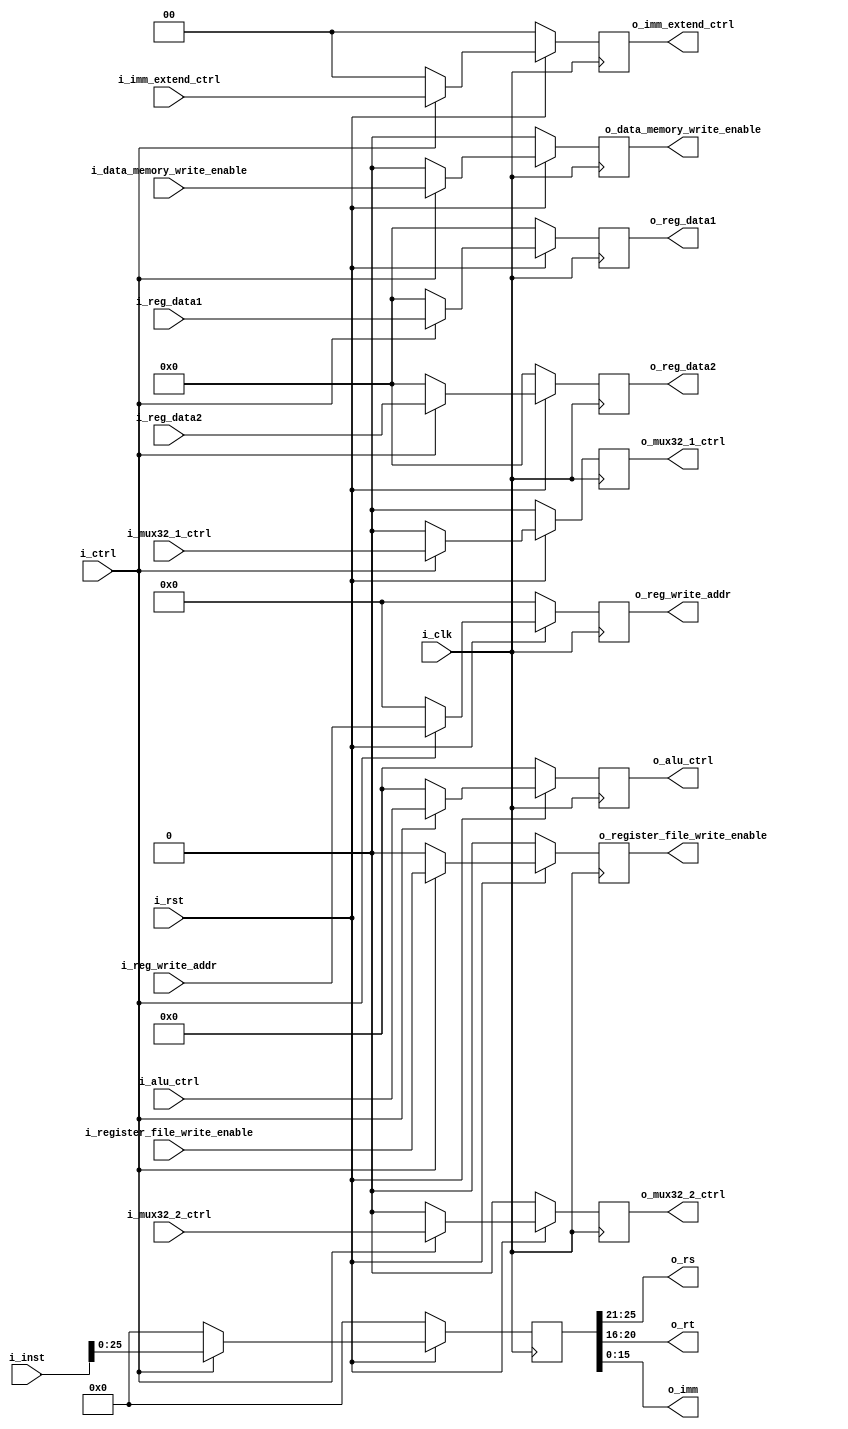
`timescale 1ns / 1ps
//////////////////////////////////////////////////////////////////////////////////
// Company: 
// Engineer: 
// 
// Design Name: 
// Module Name: ID_EX_reg
// Project Name: 
// Target Devices: 
// Tool Versions: 
// Description: 
// 
// Dependencies: 
// 
// Revision:
// Revision 0.01 - File Created
// Additional Comments:
// 
//////////////////////////////////////////////////////////////////////////////////


module ID_EX_reg (
    input wire i_clk,
    input wire i_rst,
    input wire i_ctrl,
    input wire [31:0] i_reg_data1,
    input wire [31:0] i_reg_data2,
    input wire [31:0] i_inst,
    input wire [4:0] i_reg_write_addr,
    input wire [3:0] i_alu_ctrl,
    input wire [1:0] i_imm_extend_ctrl,
    input wire i_register_file_write_enable,
    input wire i_data_memory_write_enable,
    input wire i_mux32_1_ctrl,
    input wire i_mux32_2_ctrl,

    output wire [31:0] o_reg_data1,
    output wire [31:0] o_reg_data2,
    output wire [4:0] o_reg_write_addr,
    output wire [4:0] o_rs,
    output wire [4:0] o_rt,
    output wire [15:0] o_imm,
    output wire [3:0] o_alu_ctrl,
    output wire [1:0] o_imm_extend_ctrl,
    output wire o_register_file_write_enable,
    output wire o_data_memory_write_enable,
    output wire o_mux32_1_ctrl,
    output wire o_mux32_2_ctrl
);

  reg [31:0] inst;
  reg [31:0] reg_data1;
  reg [31:0] reg_data2;
  reg [4:0] reg_write_addr;
  reg [3:0] alu_ctrl;
  reg [1:0] imm_extend_ctrl;
  reg register_file_write_enable;
  reg data_memory_write_enable;
  reg mux32_1_ctrl;
  reg mux32_2_ctrl;

  always @(posedge i_clk) begin
    if (!i_rst) begin
      // 
      inst <= 32'b0;
      reg_data1 <= 32'b0;
      reg_data2 <= 32'b0;
      alu_ctrl <= 4'b0;
      imm_extend_ctrl <= 2'b0;
      register_file_write_enable <= 1'b0;
      data_memory_write_enable <= 1'b0;
      mux32_1_ctrl <= 1'b0;
      mux32_2_ctrl <= 1'b0;
      reg_write_addr <= 5'b0;
    end else if (i_ctrl) begin
      // 
      inst <= i_inst;
      reg_data1 <= i_reg_data1;
      reg_data2 <= i_reg_data2;
      alu_ctrl <= i_alu_ctrl;
      imm_extend_ctrl <= i_imm_extend_ctrl;
      register_file_write_enable <= i_register_file_write_enable;
      data_memory_write_enable <= i_data_memory_write_enable;
      mux32_1_ctrl <= i_mux32_1_ctrl;
      mux32_2_ctrl <= i_mux32_2_ctrl;
      reg_write_addr <= i_reg_write_addr;
    end else begin
      // 
      inst <= 32'b0;
      reg_data1 <= 32'b0;
      reg_data2 <= 32'b0;
      alu_ctrl <= 4'b0;
      imm_extend_ctrl <= 2'b0;
      register_file_write_enable <= 1'b0;
      data_memory_write_enable <= 1'b0;
      mux32_1_ctrl <= 1'b0;
      mux32_2_ctrl <= 1'b0;
      reg_write_addr <= 5'b0;
    end
  end

  assign o_imm = inst[15:0];
  assign o_rs = inst[25:21];
  assign o_rt = inst[20:16];
  assign o_reg_data1 = reg_data1;
  assign o_reg_data2 = reg_data2;
  assign o_alu_ctrl = alu_ctrl;
  assign o_imm_extend_ctrl = imm_extend_ctrl;
  assign o_register_file_write_enable = register_file_write_enable;
  assign o_data_memory_write_enable = data_memory_write_enable;
  assign o_mux32_1_ctrl = mux32_1_ctrl;
  assign o_mux32_2_ctrl = mux32_2_ctrl;
  assign o_reg_write_addr = reg_write_addr;
endmodule